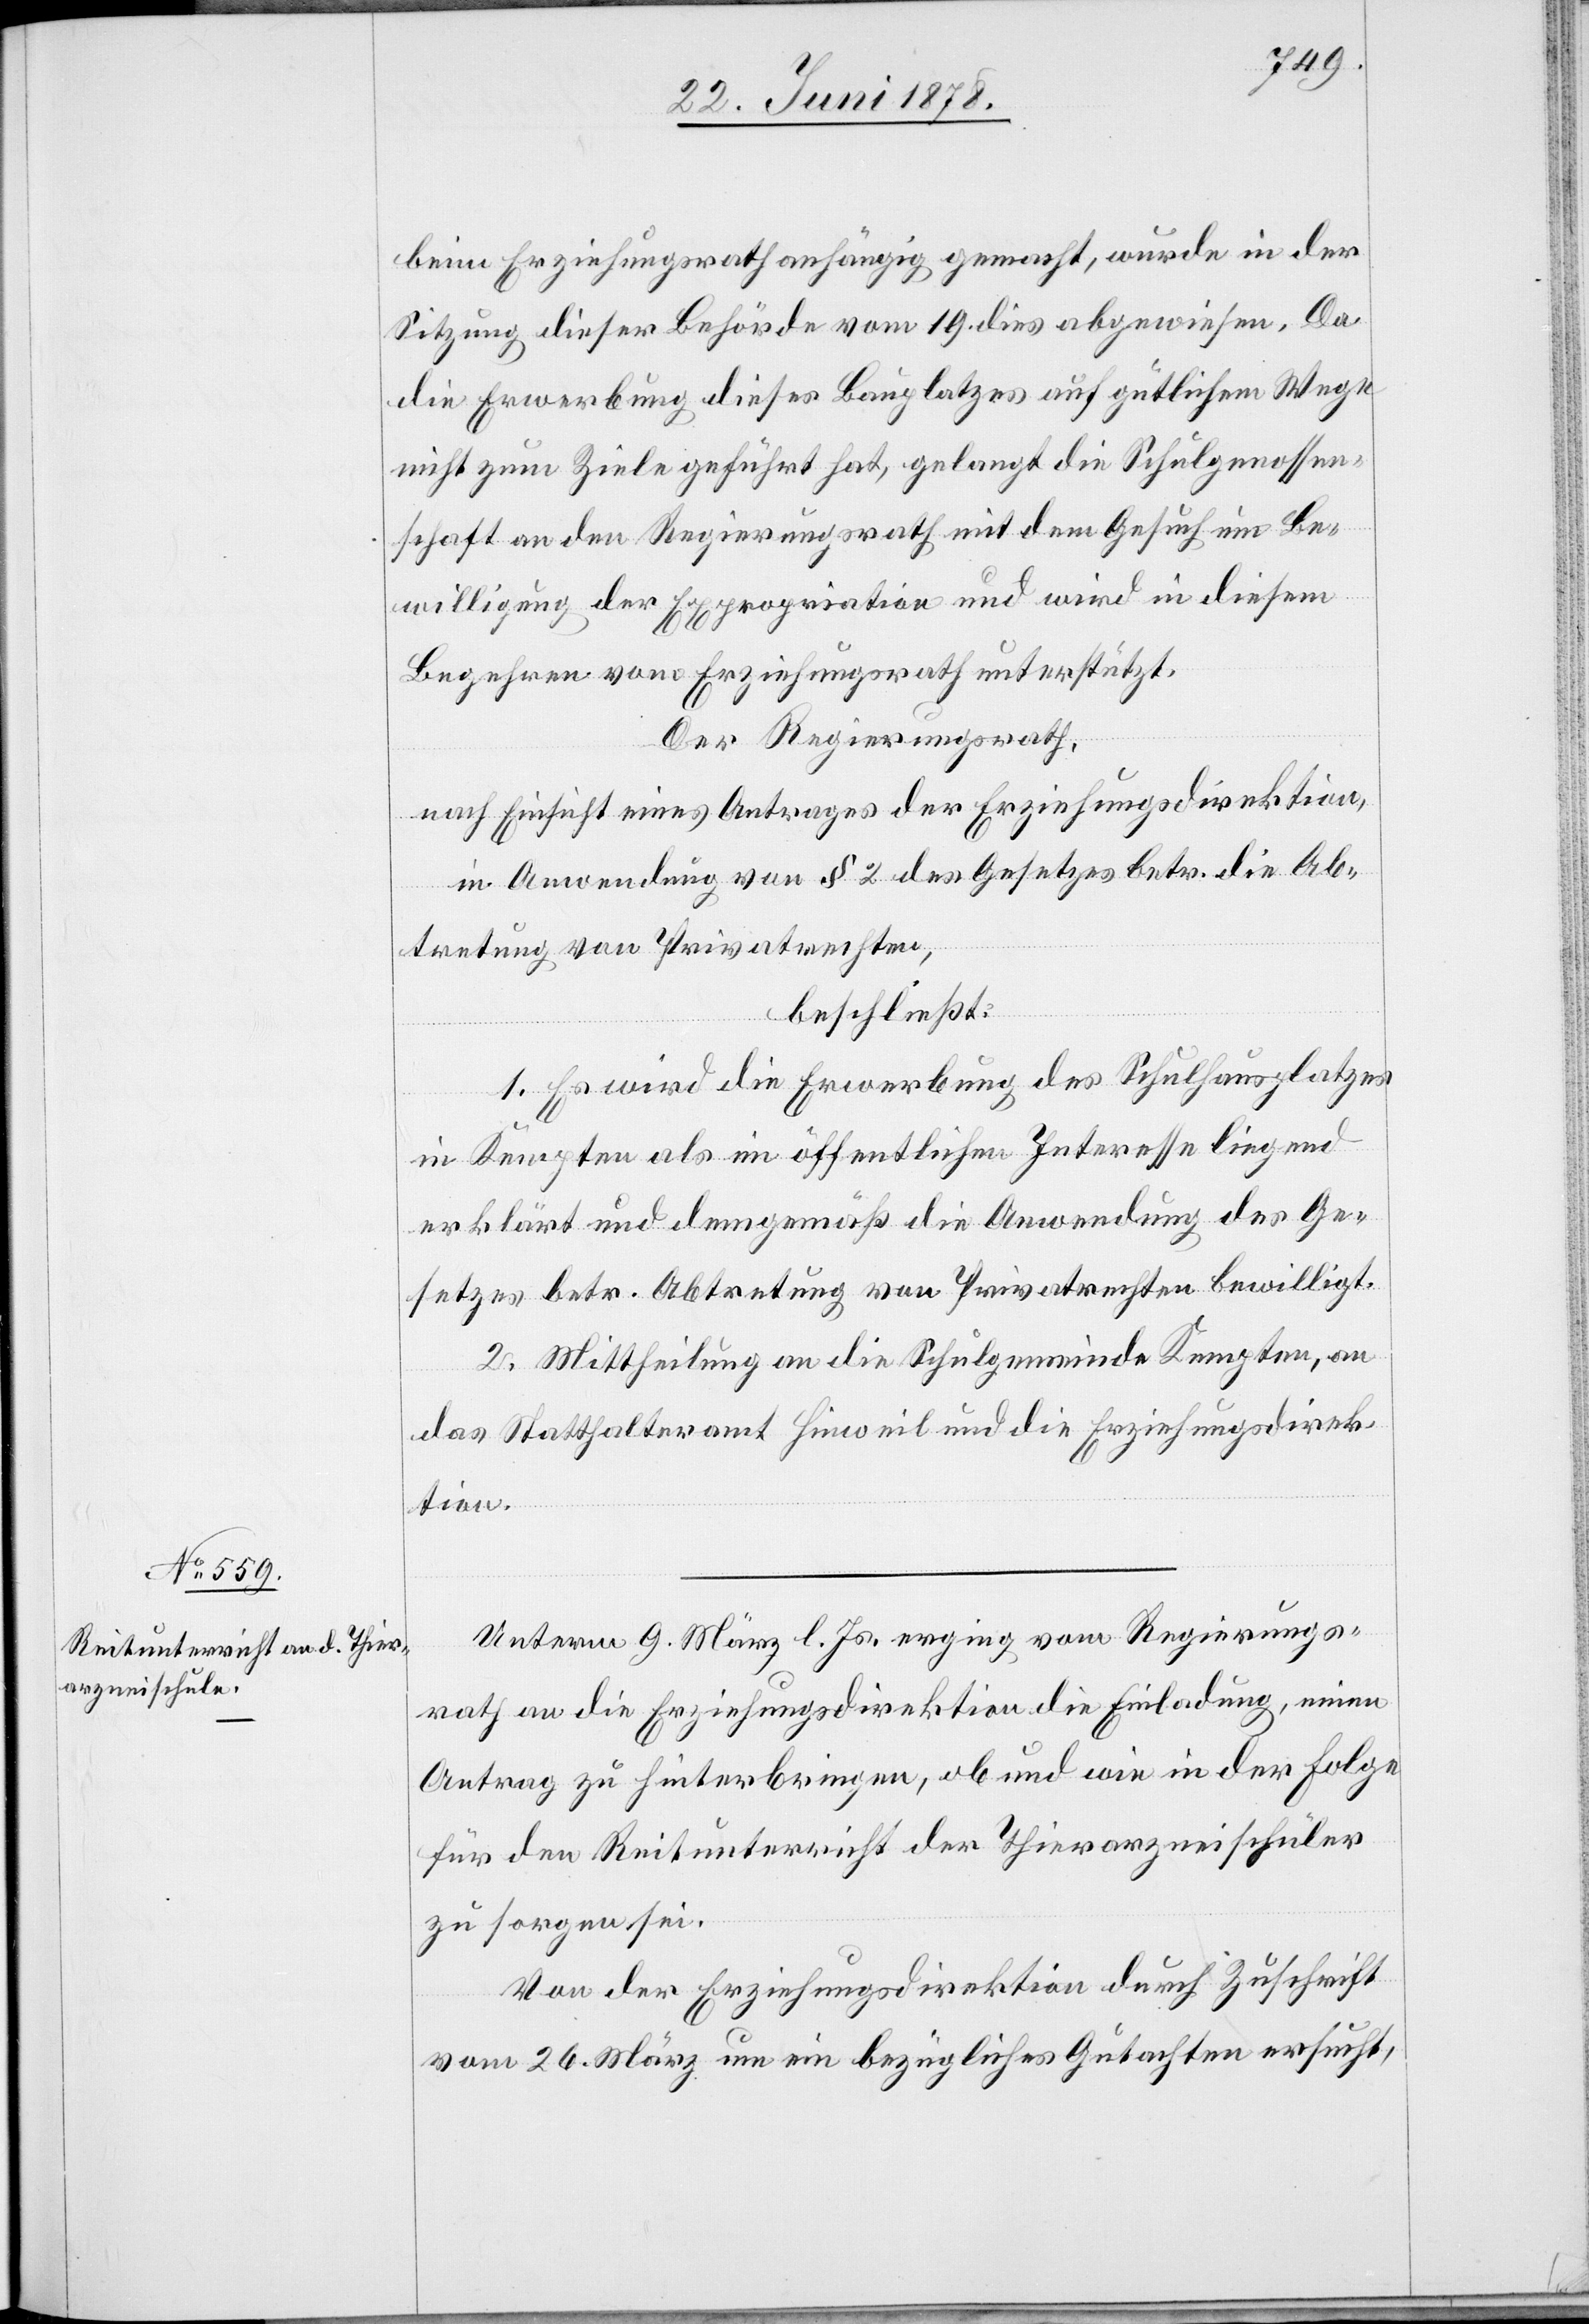
beim Erziehungsrath anhängig gemacht, wurde in der
Sitzung dieser Behörde vom 19. dies abgewiesen. Da
die Erwerbung dieses Bauplatzes auf gütlichem Wege
nicht zum Ziele geführt hat, gelangt die Schulgenossen¬
schaft an den Regierungsrath mit dem Gesuch um Be¬
willigung der Expropriation und wird in diesem
Begehren vom Erziehungsrath unterstützt.
Der Regierungsrath,
nach Einsicht eines Antrages der Erziehungsdirektion,
in Anwendung von § 2 des Gesetzes betr. die Ab¬
tretung von Privatrechten,
beschließt:
1. Es wird die Erwerbung des Schulhausplatzes
in Kempten als im öffentlichen Interesse liegend
erklärt und demgemäß die Anwendung des Ge¬
setzes betr. Abtretung von Privatrechten bewilligt.
2. Mittheilung an die Schulgemeinde Kempten, an
das Statthalteramt Hinweil und die Erziehungsdirek¬
tion.
Unterm 9. März l. Js. erging vom Regierungs¬
rath an die Erziehungsdirektion die Einladung, einen
Antrag zu hinterbringen, ob und wie in der Folge
für den Reitunterricht der Thierarzneischüler
zu sorgen sei.
Von der Erziehungsdirektion durch Zuschrift
vom 26. März um ein bezügliches Gutachten ersucht,